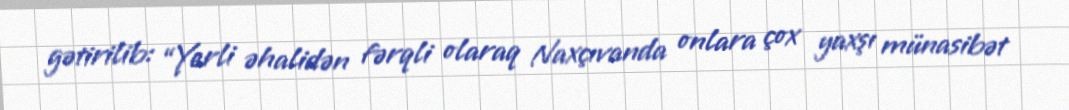
gətirilib: “Yerli əhalidən fərqli olaraq Naxçıvanda onlara çox yaxşı münasibət